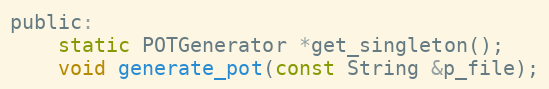
Language: C
public:
	static POTGenerator *get_singleton();
	void generate_pot(const String &p_file);